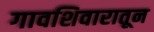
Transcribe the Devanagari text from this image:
गावशिवारातून